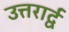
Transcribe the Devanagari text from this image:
उत्तरार्द्व